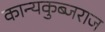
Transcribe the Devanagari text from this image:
कान्यकुब्जराज